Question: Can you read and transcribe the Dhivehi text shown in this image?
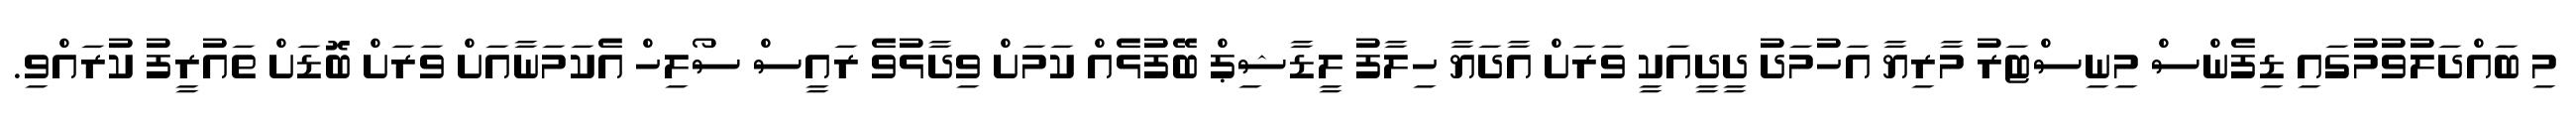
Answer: މި ބައްދަލުވުމުގައި ޑިފެންސް މިނިސްޓަރު މާރިޔާ އަހުމަދު ދީދީއަކީ ވަރަށް އާދަޔާ ހިލާފު ލީޑާޝިޕް ބޭފުޅެއް ކަމަށް ވިދާޅުވެ ރައީސް ސޯލިހް އެކަމަނާއަށް ވަރަށް ބޮޑަށް ތައުރީފު ކުރައްވި.